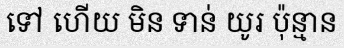
ទៅ ហើយ មិន ទាន់ យូរ ប៉ុន្មាន